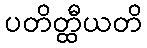
ပတိတ္ထီယတိ